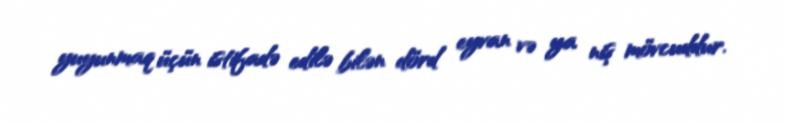
yuyunmaq üçün istifadə edilə bilən dörd eyvan və ya niş mövcuddur.